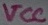
Text: VCC